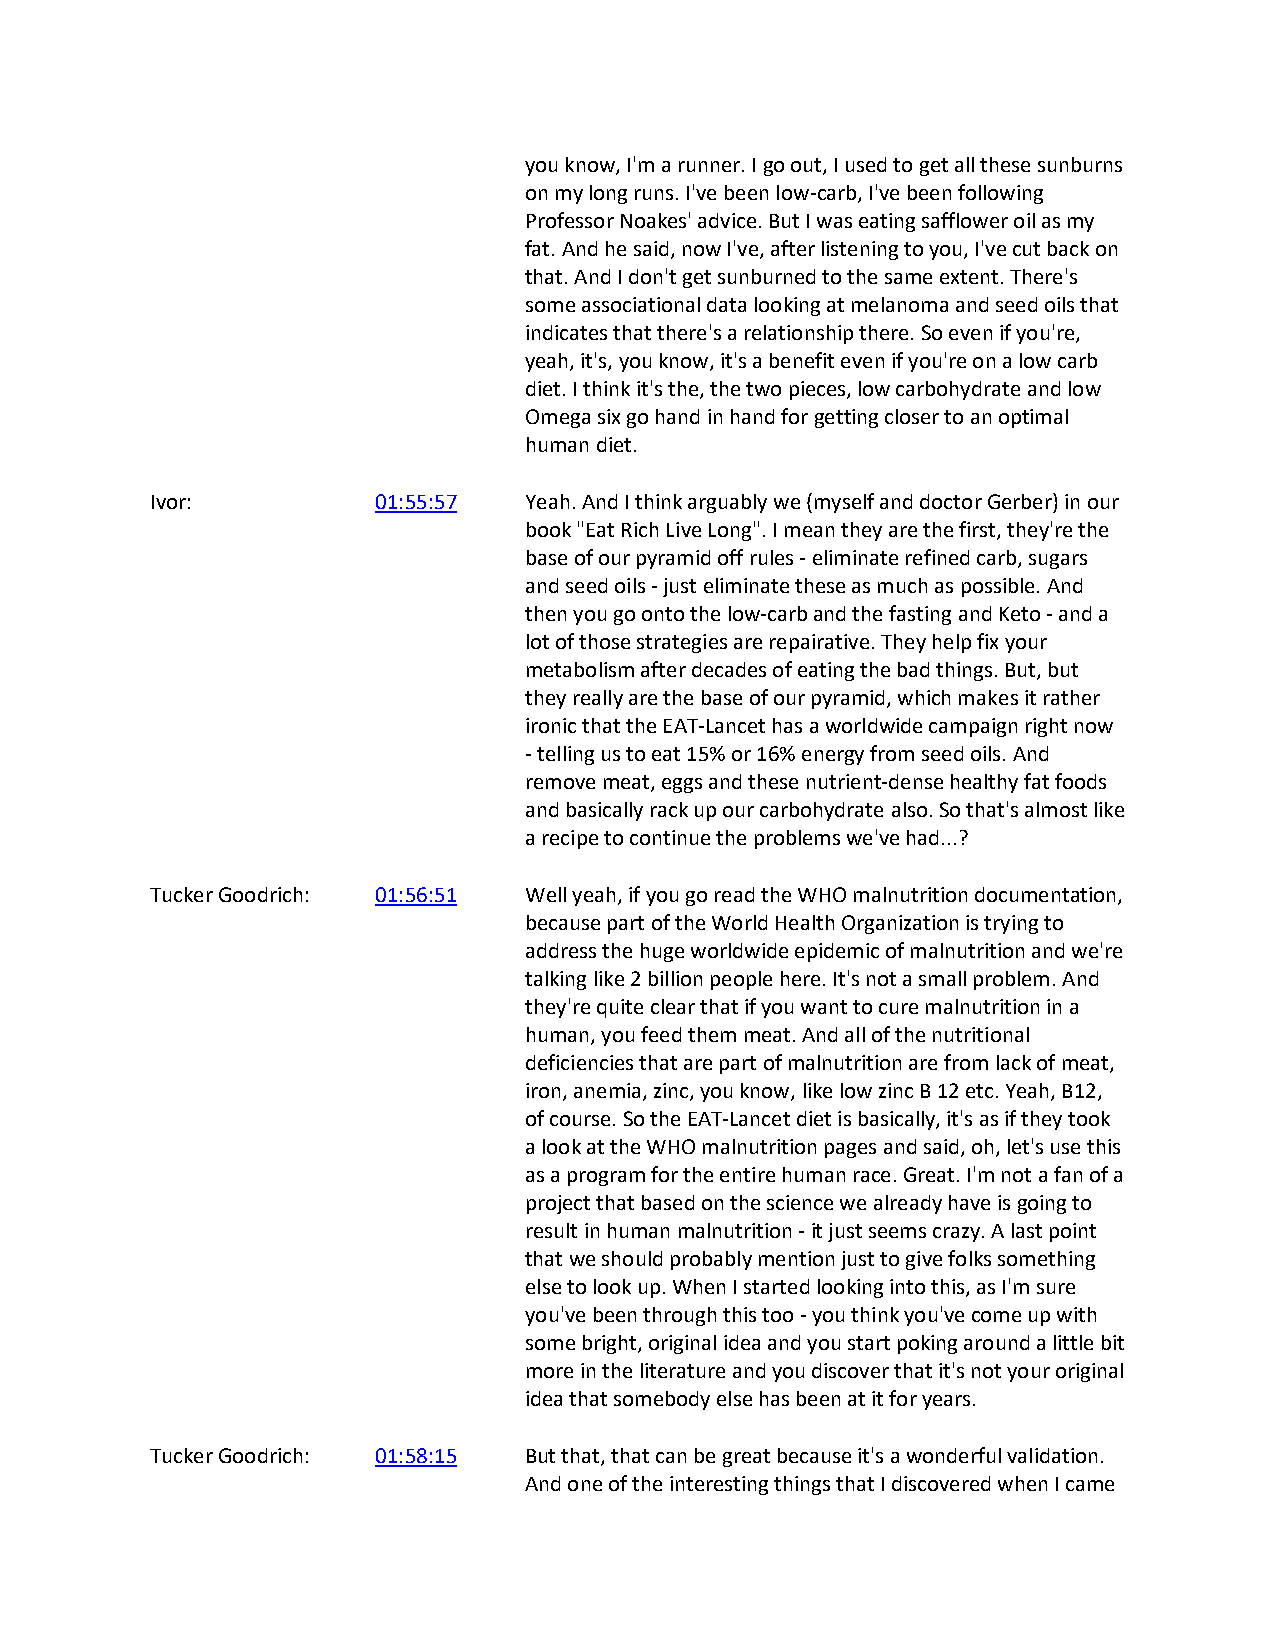
you know, I'm a runner. I go out, I used to get all these sunburns
 on my long runs. I've been low-carb, I've been following
 Professor Noakes' advice. But I was eating safflower oil as my
 fat. And he said, now I've, after listening to you, I've cut back on
 that. And I don't get sunburned to the same extent. There's
 some associational data looking at melanoma and seed oils that
 indicates that there's a relationship there. So even if you're,
 yeah, it's, you know, it's a benefit even if you're on a low carb
 diet. I think it's the, the two pieces, low carbohydrate and low
 Omega six go hand in hand for getting closer to an optimal
 human diet.
 Ivor:          01:55:57  Yeah. And I think arguably we (myself and doctor Gerber) in our
 book "Eat Rich Live Long". I mean they are the first, they're the
 base of our pyramid off rules - eliminate refined carb, sugars
 and seed oils - just eliminate these as much as possible. And
 then you go onto the low-carb and the fasting and Keto - and a
 lot of those strategies are repairative. They help fix your
 metabolism after decades of eating the bad things. But, but
 they really are the base of our pyramid, which makes it rather
 ironic that the EAT-Lancet has a worldwide campaign right now
 - telling us to eat 15% or 16% energy from seed oils. And
 remove meat, eggs and these nutrient-dense healthy fat foods
 and basically rack up our carbohydrate also. So that's almost like
 a recipe to continue the problems we've had...?
 Tucker Goodrich: 01:56:51 Well yeah, if you go read the WHO malnutrition documentation,
 because part of the World Health Organization is trying to
 address the huge worldwide epidemic of malnutrition and we're
 talking like 2 billion people here. It's not a small problem. And
 they're quite clear that if you want to cure malnutrition in a
 human, you feed them meat. And all of the nutritional
 deficiencies that are part of malnutrition are from lack of meat,
 iron, anemia, zinc, you know, like low zinc B 12 etc. Yeah, B12,
 of course. So the EAT-Lancet diet is basically, it's as if they took
 a look at the WHO malnutrition pages and said, oh, let's use this
 as a program for the entire human race. Great. I'm not a fan of a
 project that based on the science we already have is going to
 result in human malnutrition - it just seems crazy. A last point
 that we should probably mention just to give folks something
 else to look up. When I started looking into this, as I'm sure
 you've been through this too - you think you've come up with
 some bright, original idea and you start poking around a little bit
 more in the literature and you discover that it's not your original
 idea that somebody else has been at it for years.
 Tucker Goodrich: 01:58:15 But that, that can be great because it's a wonderful validation.
 And one of the interesting things that I discovered when I came